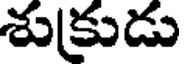
శుక్రుడు